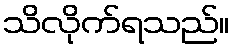
သိလိုက်ရသည်။